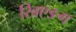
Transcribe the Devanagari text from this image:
खिएङ्ग